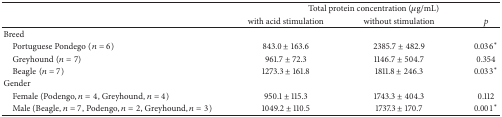
<table><thead><tr><td rowspan="2"><b> </b></td><td colspan="3"><b>Total protein concentration (<i>μ</i>g/mL)</b></td></tr><tr><td><b>with acid stimulation</b></td><td><b>without stimulation</b></td><td><b><i>p</i></b></td></tr></thead><tbody><tr><td>Breed</td><td colspan="3"> </td></tr><tr><td> Portuguese Pondego(<i>n</i> = 6)</td><td>843.0 ± 163.6</td><td>2385.7 ± 482.9</td><td>0.036<sup><i>∗</i></sup></td></tr><tr><td> Greyhound(<i>n</i> = 7)</td><td>961.7 ± 72.3</td><td>1146.7 ± 504.7</td><td>0.354</td></tr><tr><td> Beagle(<i>n</i> = 7)</td><td>1273.3 ± 161.8</td><td>1811.8 ± 246.3</td><td>0.033<sup><i>∗</i></sup></td></tr><tr><td>Gender</td><td colspan="3"> </td></tr><tr><td> Female (Podengo, <i>n</i> = 4, Greyhound, <i>n</i> = 4)</td><td>950.1 ± 115.3</td><td>1743.3 ± 404.3</td><td>0.112</td></tr><tr><td> Male (Beagle, <i>n</i> = 7, Podengo, <i>n</i> = 2, Greyhound, <i>n</i> = 3)</td><td>1049.2 ± 110.5</td><td>1737.3 ± 170.7</td><td>0.001<sup><i>∗</i></sup></td></tr></tbody></table>